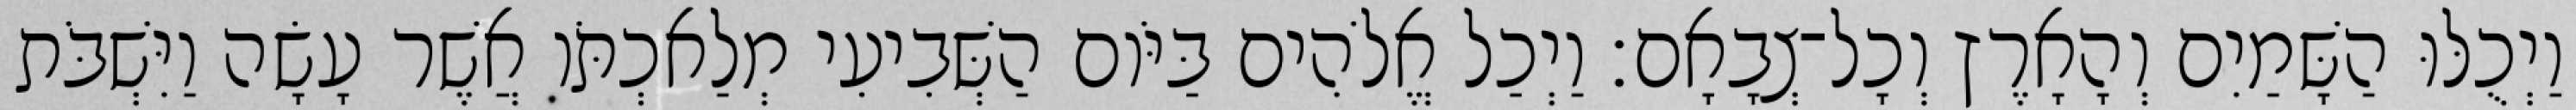
וַיְכֻלּוּ הַשָּׁמַיִם וְהָאָרֶץ וְכָל־צְבָאָם׃ וַיְכַל אֱלֹהִים בַּיֹּום הַשְּׁבִיעִי מְלַאכְתֹּו אֲשֶׁר עָשָׂה וַיִּשְׁבֹּת